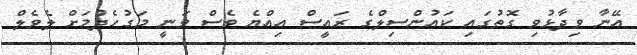
އޭނާ ވިދާޅުވި ގޮތުގައި ކައުންސިލްގެ ރައީސް އިއްޔެ ވެސް ވަނީ މަގުހެދުމަށް ލެވެލް